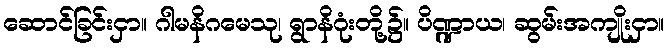
ဆောင်ခြင်းငှာ။ ဂါမနိဂမေသု၊ ရွာနိဂုံးတို့၌။ ပိဏ္ဍာယ၊ ဆွမ်းအကျိုးငှာ။